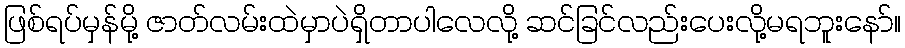
ဖြစ်ရပ်မှန်မို့ ဇာတ်လမ်းထဲမှာပဲရှိတာပါလေလို့ ဆင်ခြင်လည်းပေးလို့မရဘူးနော်။